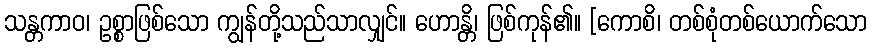
သန္တကာဝ၊ ဥစ္စာဖြစ်သော ကျွန်တို့သည်သာလျှင်။ ဟောန္တိ၊ ဖြစ်ကုန်၏။ [ကောစိ၊ တစ်စုံတစ်ယောက်သော